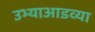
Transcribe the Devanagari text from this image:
उभ्याआडव्या